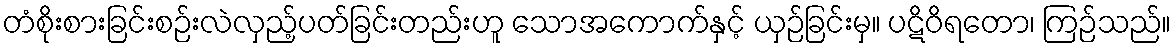
တံစိုးစားခြင်းစဉ်းလဲလှည့်ပတ်ခြင်းတည်းဟူ သောအကောက်နှင့် ယှဉ်ခြင်းမှ။ ပဋိဝိရတော၊ ကြဉ်သည်။